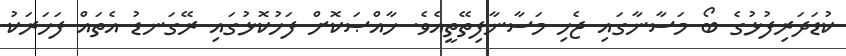
ކުޑަދަރިފުޅުގެ ބޯ މަސާނާގައި ޖެހި މަސާނާފިތޭތީއެވެ. ޚާއްޞަކޮށް ފަހުކޮޅުގައި ރޭގަނޑު އެތައް ފަހަރަކު